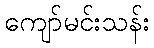
ကျော်မင်းသန်း